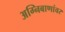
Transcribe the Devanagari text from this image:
अग्निबाणांवर